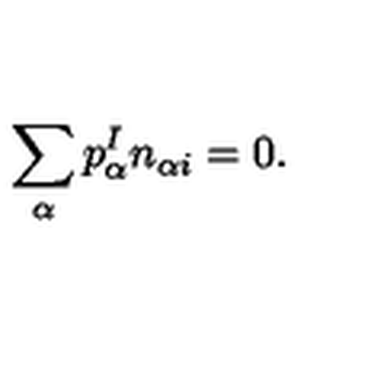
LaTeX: \sum _ { \alpha } p _ { \alpha } ^ { I } n _ { \alpha i } = 0 .